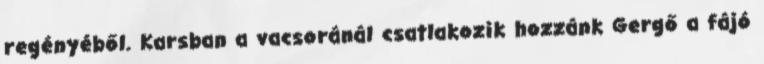
regényéből. Karsban a vacsoránál csatlakozik hozzánk Gergő a fájó